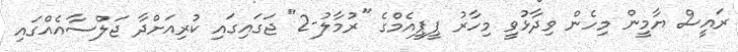
ރައީސް ޔާމީން މިހެން ވިދާޅުވީ މިހާރު ޕީޕީއެމްގެ "ރުމާލު-2" ޖަގައިގައި ކުރިއަށްދާ ޖަލްސާއެއްގައި